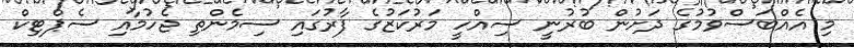
މި އެއްބަސްވުމުގެ ދަށުން ބުރުނީ ސިއްހީ މަރުކަޒުގެ ފާރުގައި ސިމެންތި ޖެހުމާއި ސެޕްޓިކް